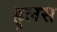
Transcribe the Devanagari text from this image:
हुलस